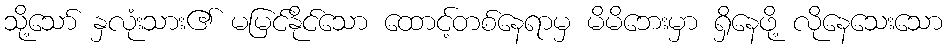
သို့သော် နှလုံးသား၏ မမြင်နိုင်သော ထောင့်တစ်နေရာမှ မိမိဘေးမှာ ရှိနေဖို့ လိုနေသေးသော